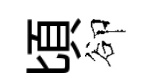
頃卻